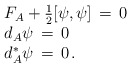
\begin{align*}\begin{array}{l}F_A +\frac{1}{2}[\psi,\psi]\,=\, 0\\d_A\psi\,=\,0 \\d_A^\ast\psi\,=\,0\, .\end{array}\end{align*}